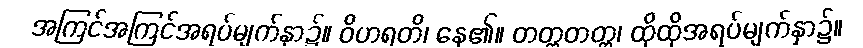
အကြင်အကြင်အရပ်မျက်နှာ၌။ ဝိဟရတိ၊ နေ၏။ တတ္တတတ္တ၊ ထိုထိုအရပ်မျက်နှာ၌။